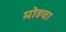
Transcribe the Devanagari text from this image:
मोहचा